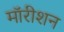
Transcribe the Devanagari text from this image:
मॉरीशन